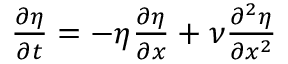
\begin{array} { r } { \frac { \partial \eta } { \partial t } = - \eta \frac { \partial \eta } { \partial x } + \nu \frac { \partial ^ { 2 } \eta } { \partial x ^ { 2 } } } \end{array}